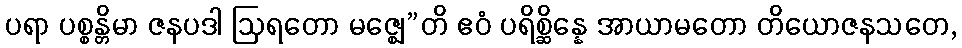
ပရာ ပစ္စန္တိမာ ဇနပဒါ ဩရတော မဇ္ဈေ”တိ ဧဝံ ပရိစ္ဆိန္နေ အာယာမတော တိယောဇနသတေ,